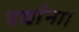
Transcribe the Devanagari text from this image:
दर्शाना।